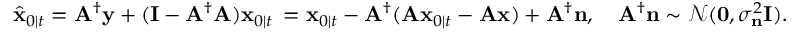
\hat { \mathbf { x } } _ { 0 \mid t } = \mathbf { A } ^ { \dagger } \mathbf { y } + ( \mathbf { I } - \mathbf { A } ^ { \dagger } \mathbf { A } ) \mathbf { x } _ { 0 \mid t } \, = \mathbf { x } _ { 0 \mid t } - \mathbf { A } ^ { \dagger } ( \mathbf { A } \mathbf { x } _ { 0 \mid t } - \mathbf { A } \mathbf { x } ) + \mathbf { A } ^ { \dagger } \mathbf { n } , \quad \mathbf { A } ^ { \dagger } \mathbf { n } \sim \mathcal { N } ( \mathbf { 0 } , \sigma _ { \mathbf { n } } ^ { 2 } \mathbf { I } ) .